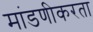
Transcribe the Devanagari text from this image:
मांडणीकरता